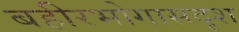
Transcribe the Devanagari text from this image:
बहीरभोगासदृश